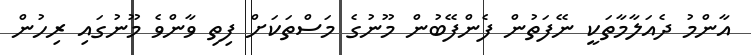
އާންމު ދެއަލާމާތަކީ ނޭފަތުން ފެންފޭބުން މޫނުގެ މަސްތަކަށް ފިތި ވާންވެ މޫނުގައި ރިހުން